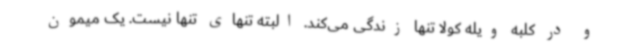
و در کلبه ویله کولا تنها زندگی می‌کند. البته تنهای تنها نیست. یک میمون